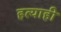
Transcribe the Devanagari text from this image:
हत्याही